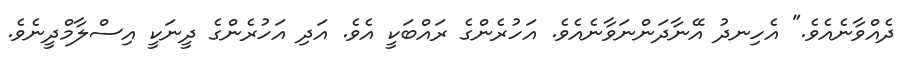
ދެއްވާނެއެވެ." އެހިނދު އޭނާދަންނަވާނެއެވެ. އަހުރެންގެ ރައްބަކީ އެވެ. އަދި އަހުރެންގެ ދީނަކީ އިސްލާމްދީނެވެ.